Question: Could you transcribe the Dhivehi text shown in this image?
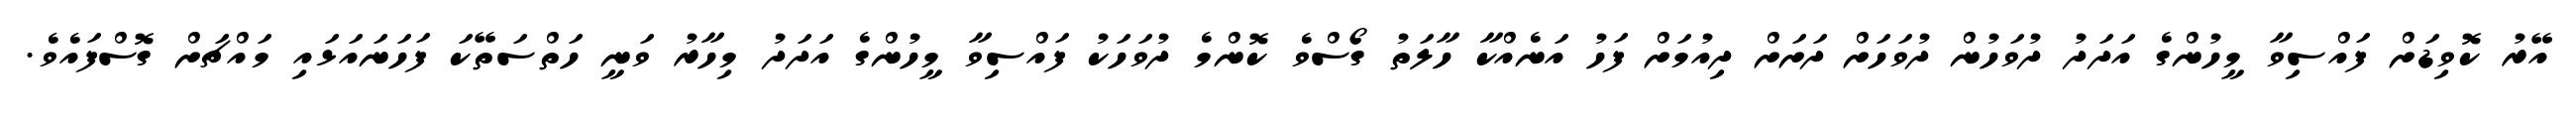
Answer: އޭރު ކޮވިޑަށް ފައްސިވާ މީހުންގެ އަދަދު ދުވަހުން ދުވަހަށް ދަށަށް ދިއުމަށް ފަހު އަނެއްކާ ހާލަތު ގޯސްވެ ކޮންމެ ދުވަހަކު ފައްސިވާ މީހުންގެ އަދަދު މިހާރު ވަނީ ހަތްސަތޭކަ ފަހަނައަޅައި މައްޗަށް ގޮސްފައެވެ.